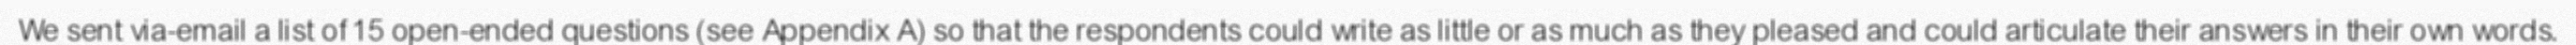
We sent via-email a list of 15 open-ended questions (see Appendix A) so that the respondents could write as little or as much as they pleased and could articulate their answers in their own words.